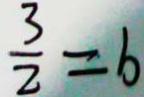
\frac { 3 } { 2 } = b